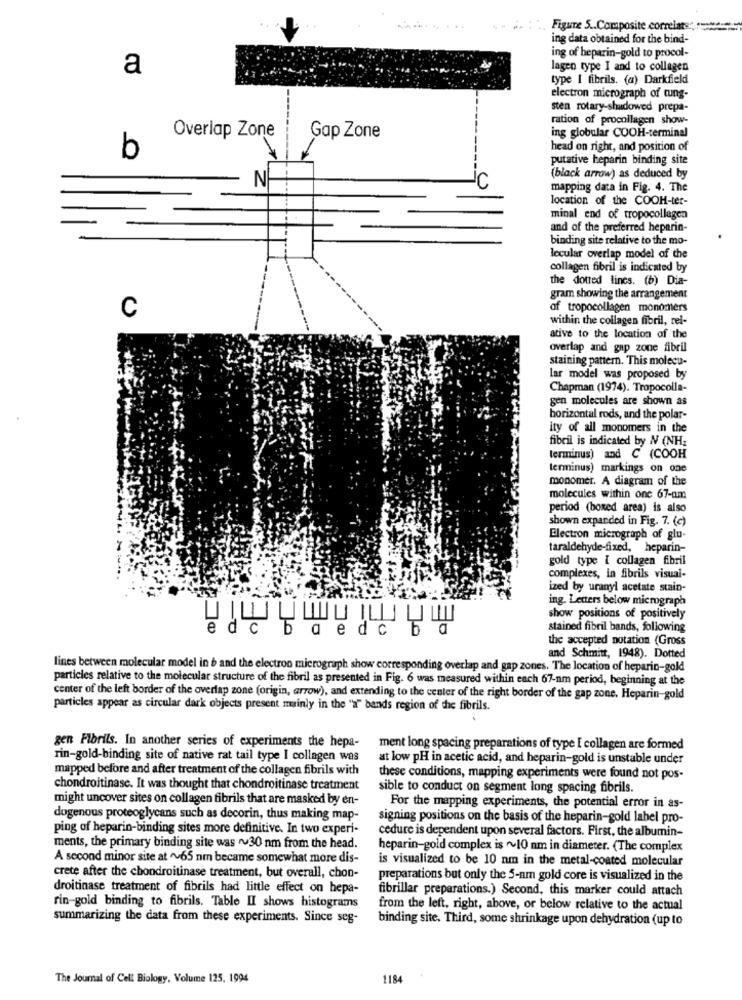
.. .. : : Figure 5 .. Composite correlate: ##
ing data obtained for the bind-
ing of heparin-gold to procol-
a
lagen type I and to collagen
type I fibrils. (a) Darkfieldi
electron micrograph of tung-
sten rotary-shadowed prepa-
ration of procollagen show-
Overlap Zone
Gap Zone
ing globular COOH-terminal
head on right, and position of
b
putative heparin binding site
Z
(black arrow) as deduced by
mapping data in Fig. 4. The
location of the COOH-ter-
minal end of tropocollagen
and of the preferred heparin-
binding site relative to the mo-
lecular overlap model of the
collagen fibril is indicated by
the dotted lincs. (b) Dia-
gram showing the arrangement
C
of tropocollagen monomers
within the collagen fibril, rei-
ative to the location of the
overlap and gap zone fibril
staining pattern. This molecu-
lar model was proposed by
Chapman (1974). Tropocolla-
gen molecules are shown as
horizontal rods, and the polar-
ity of all monomers in the
fibril is indicated by W (NH2
terminus) and C (COOH
terminus) markings on one
monomer. A diagram of the
molecules within one 67-am
period (boxed area) is also
shown expanded in Fig. 7. (c)
Electron micrograph of glu-
taraldehyde-fixed, heparin-
gold type [ collagen fibril
complexes, in fibrils visual-
ized by uranyl acetate stain-
ing. Letters below micrograph
show positions of positively
edc baed cba
10
stained fibril bands, following
the accepted notation (Gross
and Schmitt, 1948). Dotted
lines between molecular model in b and the electron micrograph show corresponding overlap and gap zones. The location of heparin-gold
particles relative to the molecular structure of the fibril as presented in Fig. 6 was measured within each 67-nm period, beginning at the
center of the left border of the overlap zone (origin, arrow), and extending to the center of the right border of the gap zone. Heparin-gold
particles appear as circular dark objects present mainly in the "a" bands region of the fibrils.
gen Fibrils. In another series of experiments the hepa-
ment long spacing preparations of type [ collagen are formed
rin-gold-binding site of native rat tail type I collagen was
at low pH in acetic acid, and heparin-gold is unstable under
mapped before and after treatment of the collagen fibrils with
these conditions, mapping experiments were found not pos-
chondroitinase. It was thought that chondroitinase treatment
sible to conduct on segment long spacing fibrils.
might uncover sites on collagen fibrils that are masked by en-
For the mapping experiments, the potential error in as-
dogenous proteoglycans such as decorin, thus making map-
signing positions on the basis of the heparin-gold label pro-
ping of heparin-binding sites more definitive. In two experi-
cedure is dependent upon several factors. First, the albumin-
ments, the primary binding site was ~30 nm from the head.
heparin-gold complex is ~~ 10 nm in diameter. (The complex
A second minor site at ~~ 65 nm became somewhat more dis-
is visualized to be 10 nm in the metal-coated molecular
crete after the chondroitinase treatment, but overall, chon-
preparations but only the 5-am gold core is visualized in the
droitinase treatment of fibrils had little effect on hepa-
fibrillar preparations.) Second, this marker could attach
rin-gold binding to fibrils. Table II shows histograms
from the left, right, above, or below relative to the actual
summarizing the data from these experiments. Since seg-
binding site. Third, some shrinkage upon dehydration (up to
The Journal of Cell Biology, Volume 125, 1994
1184